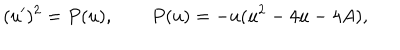
LaTeX: ( u ^ { \prime } ) ^ { 2 } = P ( u ) , \qquad P ( u ) = - u ( u ^ { 2 } - 4 u - 4 A ) ,